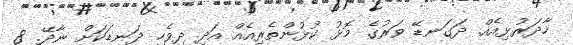
ހާދަރުޅިއެއް. ދަގަނޑޭ ވަރުގެ މޮޅު ކުޅުންތެރިއެއް އަދި ދިވެހި ދަނޑަކަށް ނާދޭ. 8